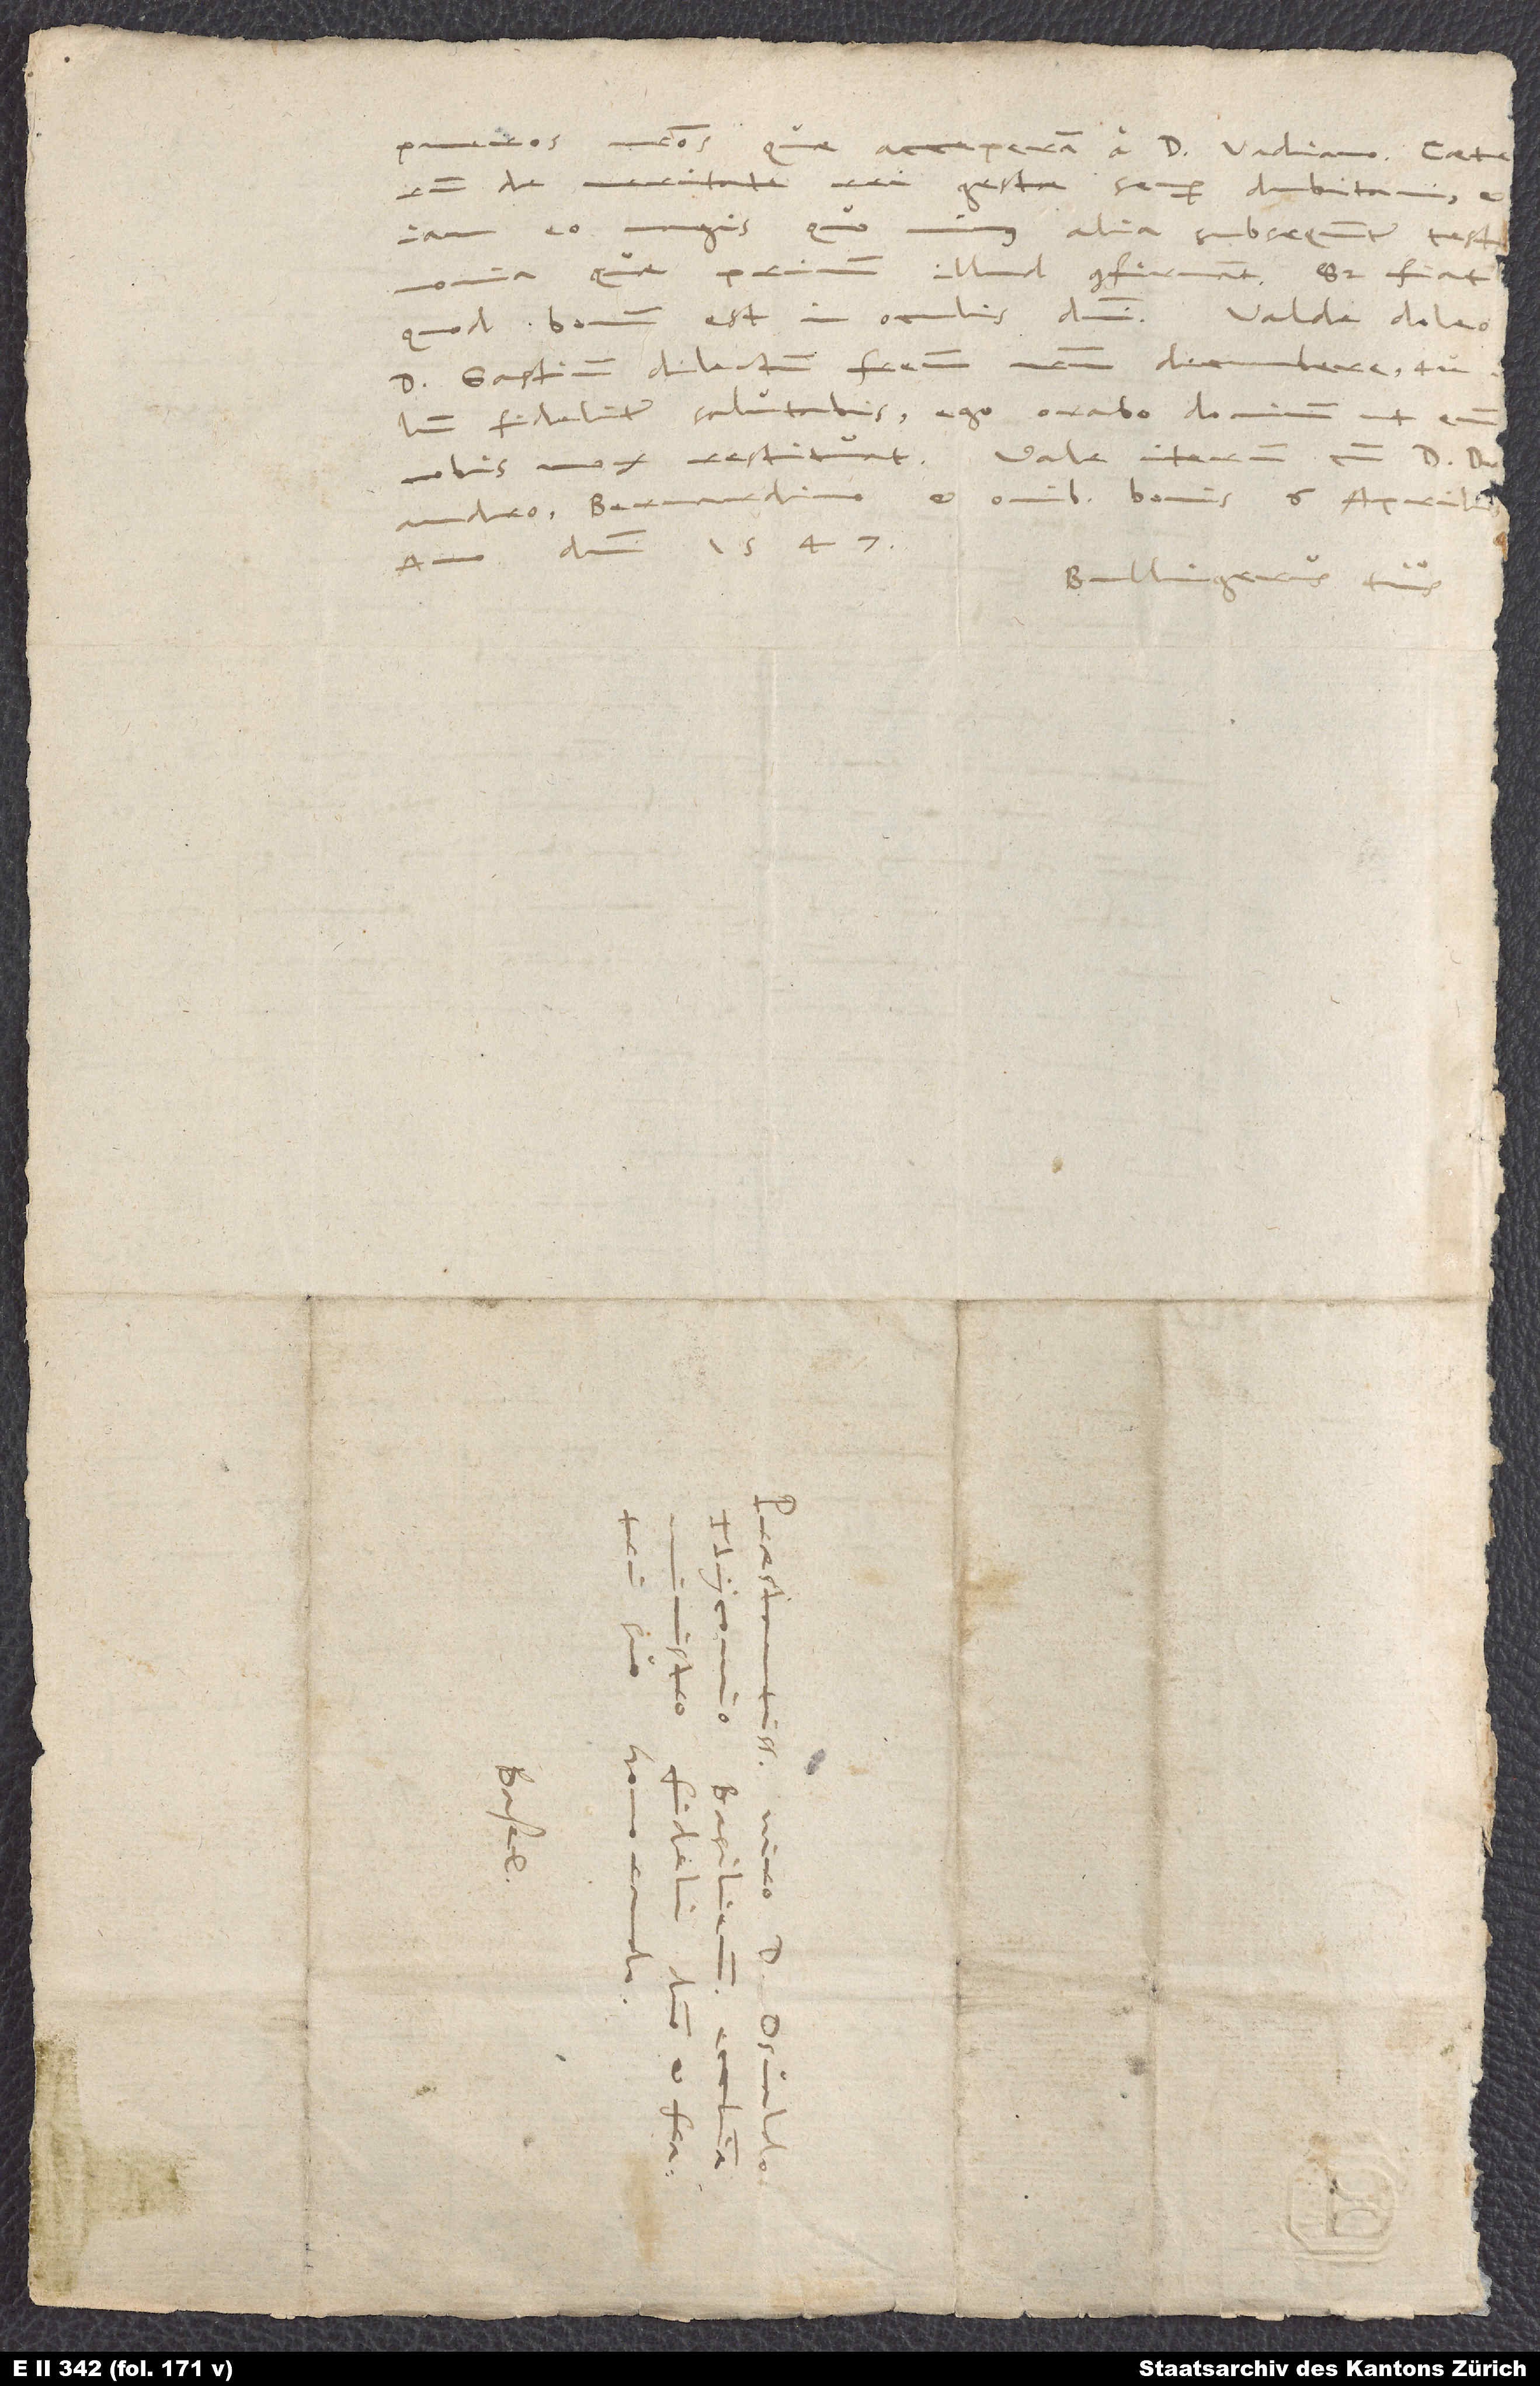
pueros nostros, quae acceperam a d. Vadiano. Caeterum
de veritate rei gestae semper dubitavi,
iam eo magis, quominus alia subsequuntur testimonia,
quae primum illud confirmant. Sed fiat,
d. Gastium, dilectum fratrem nostrum, decumbere. Tu
fideliter salutabis. Ego orabo dominum, ut eum
Drandro, Bernardino et omnibus bonis. 6. aprilis
anno domini 1547.
Bullingerus tuus.
S.